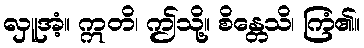
လှူအံ့။ ဣတိ၊ ဤသို့။ စိန္တေသိ၊ ကြံ၏။